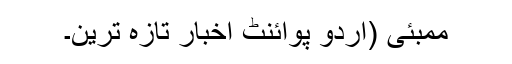
ممبئی (اُردو پوائنٹ اخبار تازہ ترین۔